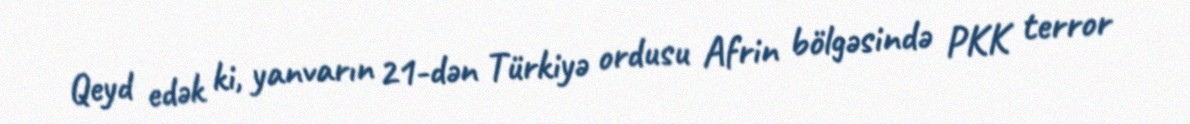
Qeyd edək ki, yanvarın 21-dən Türkiyə ordusu Afrin bölgəsində PKK terror